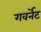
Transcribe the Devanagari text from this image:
गवर्नेट